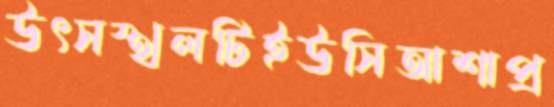
উৎসস্থলটিইউসিআশাপ্র